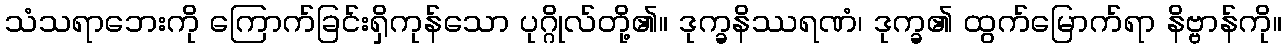
သံသရာဘေးကို ကြောက်ခြင်းရှိကုန်သော ပုဂ္ဂိုလ်တို့၏။ ဒုက္ခနိဿရဏံ၊ ဒုက္ခ၏ ထွက်မြောက်ရာ နိဗ္ဗာန်ကို။